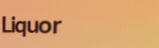
Liquor